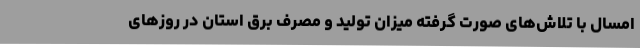
امسال با تلاش‌های صورت گرفته میزان تولید و مصرف برق استان در روزهای